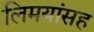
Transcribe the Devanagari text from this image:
लिमयांसह